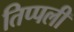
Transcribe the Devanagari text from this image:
तिप्पली